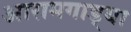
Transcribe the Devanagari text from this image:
आरामगाड्या